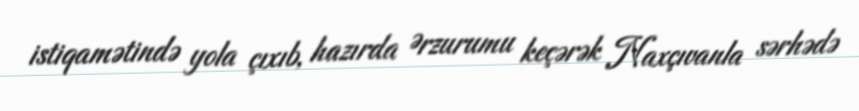
istiqamətində yola çıxıb, hazırda Ərzurumu keçərək Naxçıvanla sərhədə